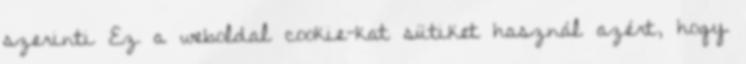
szerinti Ez a weboldal cookie-kat sütiket használ azért, hogy